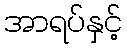
အာရပ်နှင့်